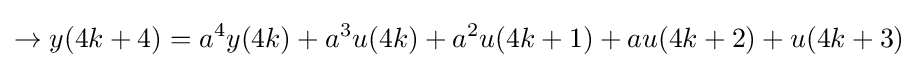
\rightarrow y(4k+4)=a^{4}y(4k)+a^{3}u(4k)+a^{2}u(4k+1)+au(4k+2)+u(4k+3)